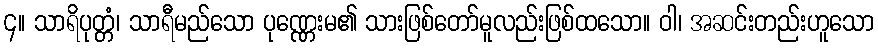
၄။ သာရိပုတ္တံ၊ သာရီမည်သော ပုဏ္ဏေးမ၏ သားဖြစ်တော်မူလည်းဖြစ်ထသော။ ဝါ၊ အဆင်းတည်းဟူသော